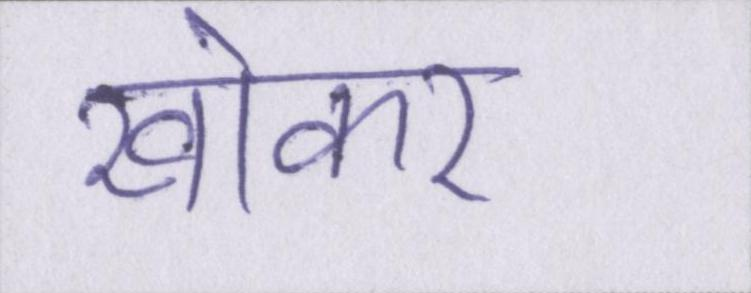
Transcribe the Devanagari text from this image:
खोकर